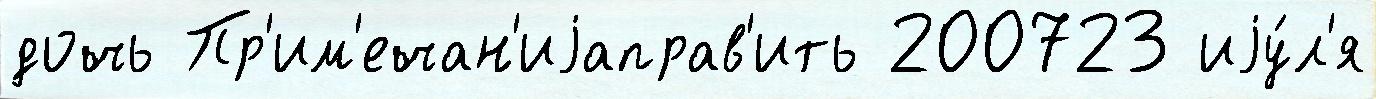
дочь Пр'им'ечан'иjаправ'ить 200723 иjу́л'я